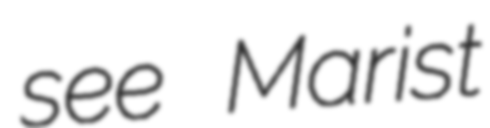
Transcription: see Marist